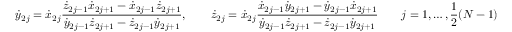
{ \dot { y } } _ { 2 j } = { \dot { x } } _ { 2 j } \frac { { \dot { z } } _ { 2 j - 1 } { \dot { x } } _ { 2 j + 1 } - { \dot { x } } _ { 2 j - 1 } { \dot { z } } _ { 2 j + 1 } } { { \dot { y } } _ { 2 j - 1 } { \dot { z } } _ { 2 j + 1 } - { \dot { z } } _ { 2 j - 1 } { \dot { y } } _ { 2 j + 1 } } , \qquad { \dot { z } } _ { 2 j } = { \dot { x } } _ { 2 j } \frac { { \dot { x } } _ { 2 j - 1 } { \dot { y } } _ { 2 j + 1 } - { \dot { y } } _ { 2 j - 1 } { \dot { x } } _ { 2 j + 1 } } { { \dot { y } } _ { 2 j - 1 } { \dot { z } } _ { 2 j + 1 } - { \dot { z } } _ { 2 j - 1 } { \dot { y } } _ { 2 j + 1 } } \qquad j = 1 , \dots , \frac { 1 } { 2 } ( N - 1 )